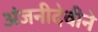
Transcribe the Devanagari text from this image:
अंजनीदेवीने